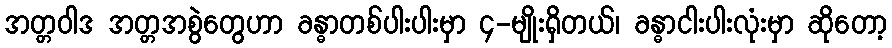
အတ္တဝါဒ အတ္တအစွဲတွေဟာ ခန္ဓာတစ်ပါးပါးမှာ ၄-မျိုးရှိတယ်၊ ခန္ဓာငါးပါးလုံးမှာ ဆိုတော့